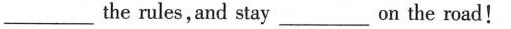
___ the rules, and stay___on the road!